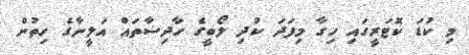
މި ކުޑަ ކޮޓަރީގައި ހިގާ މިފަދަ ކުދި ލޯބީގެ ހާދިސާތައް އަލީނާގެ ހިތުން